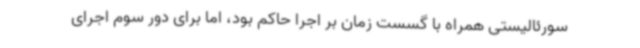
سورئالیستی همراه با گسست زمان بر اجرا حاکم بود، اما برای دور سوم اجرای